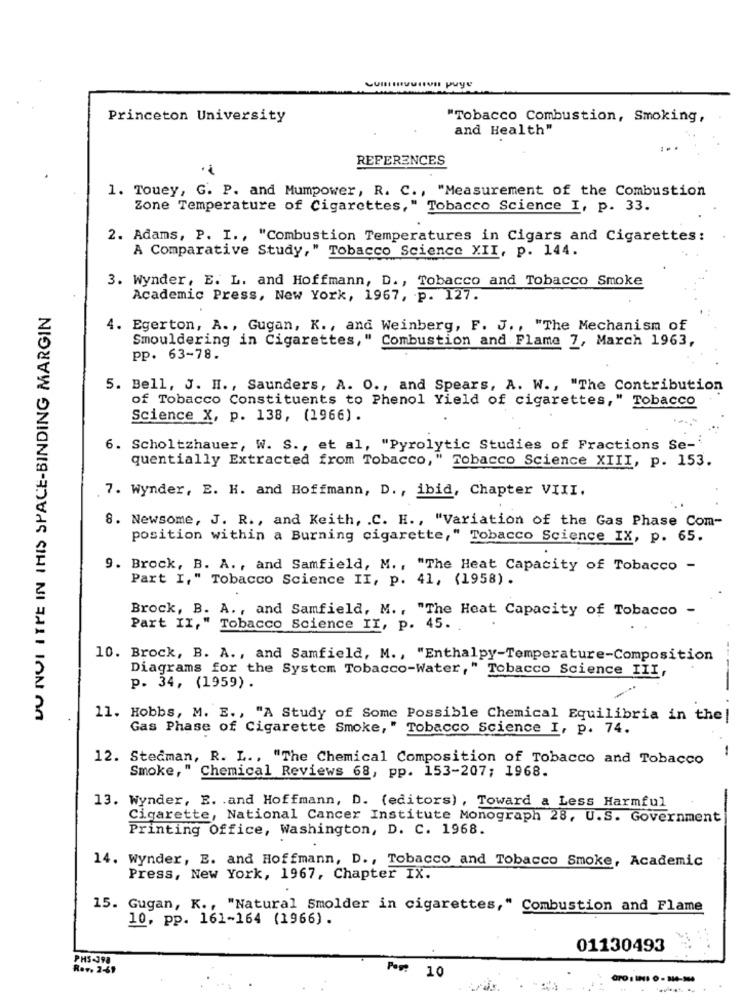
Princeton University
"Tobacco Combustion, Smoking,
and Health"
...
REFERENCES
1. Touey, G. P. and Mumpower, R. C ., "Measurement of the Combustion
Zone Temperature of Cigarettes," Tobacco Science I, p. 33.
2. Adams, P. I ., "Combustion Temperatures in Cigars and Cigarettes:
A Comparative Study," Tobacco Science XII, p. 144.
3. Wynder, E. L. and Hoffmann, D ., Tobacco and Tobacco Smoke
Academic Press, New York, 1967, p. 127.
DU NVI ITTE IN THIS SPACE-BINDING MARGIN
4. Egerton, A ., Gugan, K ., and Weinberg, F. J ., "The Mechanism of
Smouldering in Cigarettes," Combustion and Flame 7, March 1963,
pp. 63-78.
5. Bell, J. H ., Saunders, A. O ., and Spears, A. W ., "The Contribution
of Tobacco Constituents to Phenol Yield of cigarettes," Tobacco
Science X, p. 138, (1966).
6. Scholtzhauer, W. S ., et al, "Pyrolytic Studies of Fractions Se-
quentially Extracted from Tobacco," Tobacco Science XIII, p. 153.
7. Wynder, E. H. and Hoffmann, D ., ibid, Chapter VIII.
8. Newsome, J. R ., and Keith, . C. H ., "Variation of the Gas Phase Com-
position within a Burning cigarette," Tobacco Science IX, p. 65.
9. Brock, B. A ., and Samfield, M ., "The Heat Capacity of Tobacco -
Part I," Tobacco Science II, p. 41, (1958) .
Brock, B. A ., and Samfield, M ., "The Heat Capacity of Tobacco -
Part II," Tobacco Science II, p. 45.
10. Brock, B. A ., and Samfield, M ., "Enthalpy-Temperature-Composition
Diagrams for the System Tobacco-Water," Tobacco Science III,
p. 34, (1959) .
11. Hobbs, M. E ., "A Study of Some Possible Chemical Equilibria in the!
Gas Phase of Cigarette Smoke, " Tobacco Science I, p. 74.
12. Stedman, R. L ., "The Chemical Composition of Tobacco and Tobacco
Smoke," Chemical Reviews 68, pp. 153-207; 1968.
13. Wynder, E. . and Hoffmann, D. (editors) , Toward a Less Harmful
Cigarette, National Cancer Institute Monograph 28, U.S. Government
Printing Office, Washington, D. C. 1968.
14. Wynder, E. and Hoffmann, D ., Tobacco and Tobacco Smoke, Academic
Press, New York, 1967, Chapter IX.
15. Gugan, K ., "Natural Smolder in cigarettes," Combustion and Flame
10, pp. 161-164 (1966).
01130493
PHS-398
Rev. 2-69
Por?
10
44-304